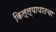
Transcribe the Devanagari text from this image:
किल्ल्यापाठचा